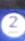
2